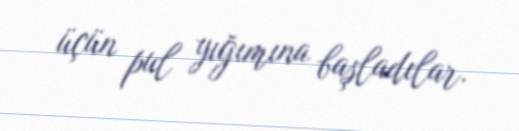
üçün pul yığımına başladılar.